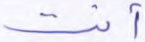
أنت